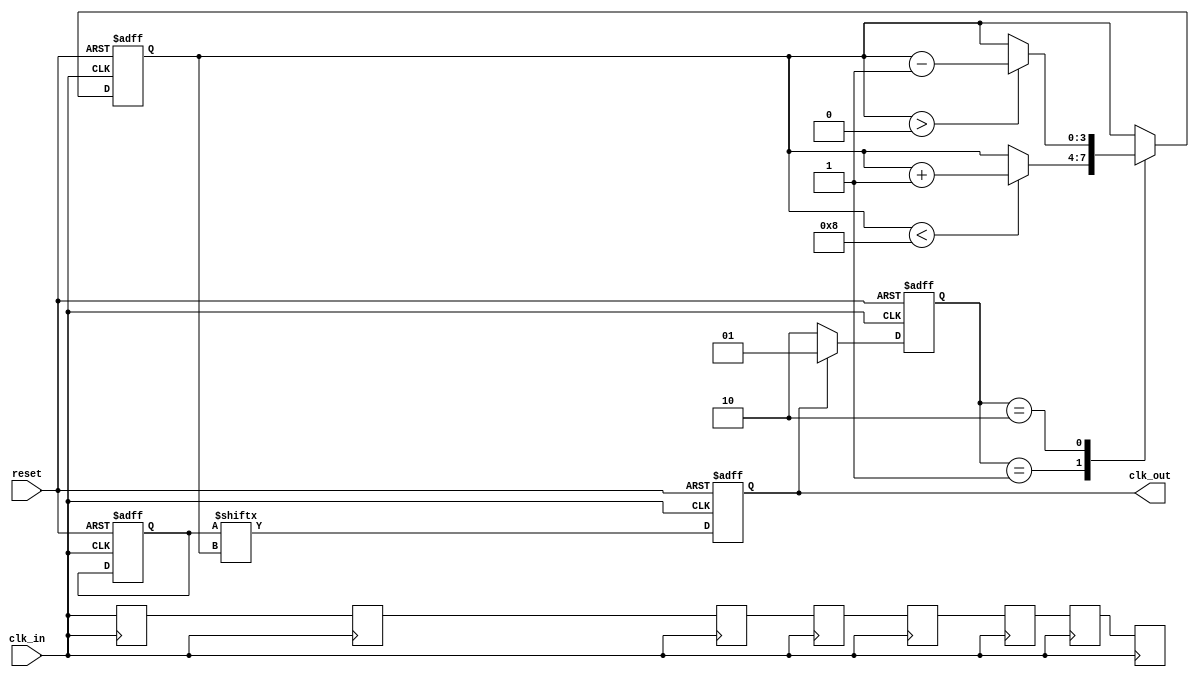
module DLL (
    input wire clk_in,          // Input clock signal
    input wire reset,           // Reset signal
    output wire clk_out         // Output clock signal
);

    // Parameters
    parameter NUM_DELAY_ELEMENTS = 8; // Number of delay elements
    parameter PHASE_THRESHOLD = 2;     // Threshold for locking

    // Internal Signals
    reg [NUM_DELAY_ELEMENTS-1:0] delay_line; // Delay line
    reg [3:0] delay_count;                  // Delay control count
    reg clk_out_reg;                        // Buffered output clock
    reg [1:0] phase_error;                  // Phase error signal

    // Phase Detector
    always @(posedge clk_in or posedge reset) begin
        if (reset) begin
            phase_error <= 2'b00;
        end else begin
            // Compare the input clock and the delayed clock
            if (clk_out_reg) begin
                phase_error <= 2'b01; // Output clock is ahead
            end else begin
                phase_error <= 2'b10; // Output clock is behind
            end
        end
    end

    // Delay Line
    always @(posedge clk_in or posedge reset) begin
        if (reset) begin
            delay_line <= {NUM_DELAY_ELEMENTS{1'b0}}; // Initialize delay line
            delay_count <= 0;
            clk_out_reg <= 0;
        end else begin
            // Adjust delay based on phase error
            case (phase_error)
                2'b01: begin // Output clock is ahead
                    if (delay_count < NUM_DELAY_ELEMENTS) begin
                        delay_count <= delay_count + 1;
                    end
                end
                2'b10: begin // Output clock is behind
                    if (delay_count > 0) begin
                        delay_count <= delay_count - 1;
                    end
                end
                default: begin
                    // Maintain current delay if locked
                end
            endcase
            
            // Generate the delayed clock based on the delay count
            clk_out_reg <= delay_line[delay_count];
        end
    end

    // Output Buffer
    assign clk_out = clk_out_reg;

    // Generate delay elements
    genvar i;
    generate
        for (i = 0; i < NUM_DELAY_ELEMENTS; i = i + 1) begin : delay_elements
            always @(posedge clk_in) begin
                if (i == 0) begin
                    delay_line[i] <= clk_in; // First element is directly the input clock
                end else begin
                    delay_line[i] <= delay_line[i-1]; // Shift the clock through the delay line
                end
            end
        end
    endgenerate

endmodule